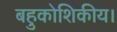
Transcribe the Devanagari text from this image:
बहुकोशिकीय।